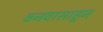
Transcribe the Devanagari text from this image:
वनवासाहून